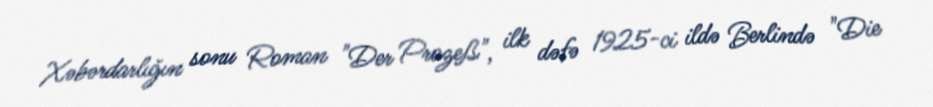
Xəbərdarlığın sonu Roman "Der Prozeß", ilk dəfə 1925-ci ildə Berlində "Die